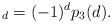
LaTeX: \begin{align*} _d=(-1)^dp_3(d).\end{align*}